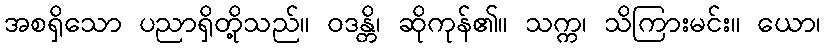
အစရှိသော ပညာရှိတို့သည်။ ဝဒန္တိ၊ ဆိုကုန်၏။ သက္က၊ သိကြားမင်း။ ယော၊